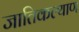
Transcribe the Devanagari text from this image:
जातिकल्याण